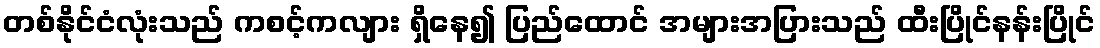
တစ်နိုင်ငံလုံးသည် ကစင့်ကလျား ရှိနေ၍ ပြည်ထောင် အများအပြားသည် ထီးပြိုင်နန်းပြိုင်